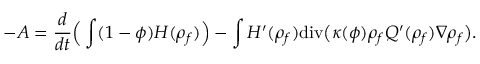
- A = \frac { d } { d t } \Big ( \int ( 1 - \phi ) { H } ( { \rho } _ { f } ) \Big ) - \int { H } ^ { \prime } ( { \rho } _ { f } ) \mathrm { d i v } \big ( \kappa ( \phi ) { \rho } _ { f } { Q } ^ { \prime } ( { \rho } _ { f } ) \nabla { \rho } _ { f } \big ) .